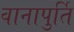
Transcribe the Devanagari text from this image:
वानापुर्ति